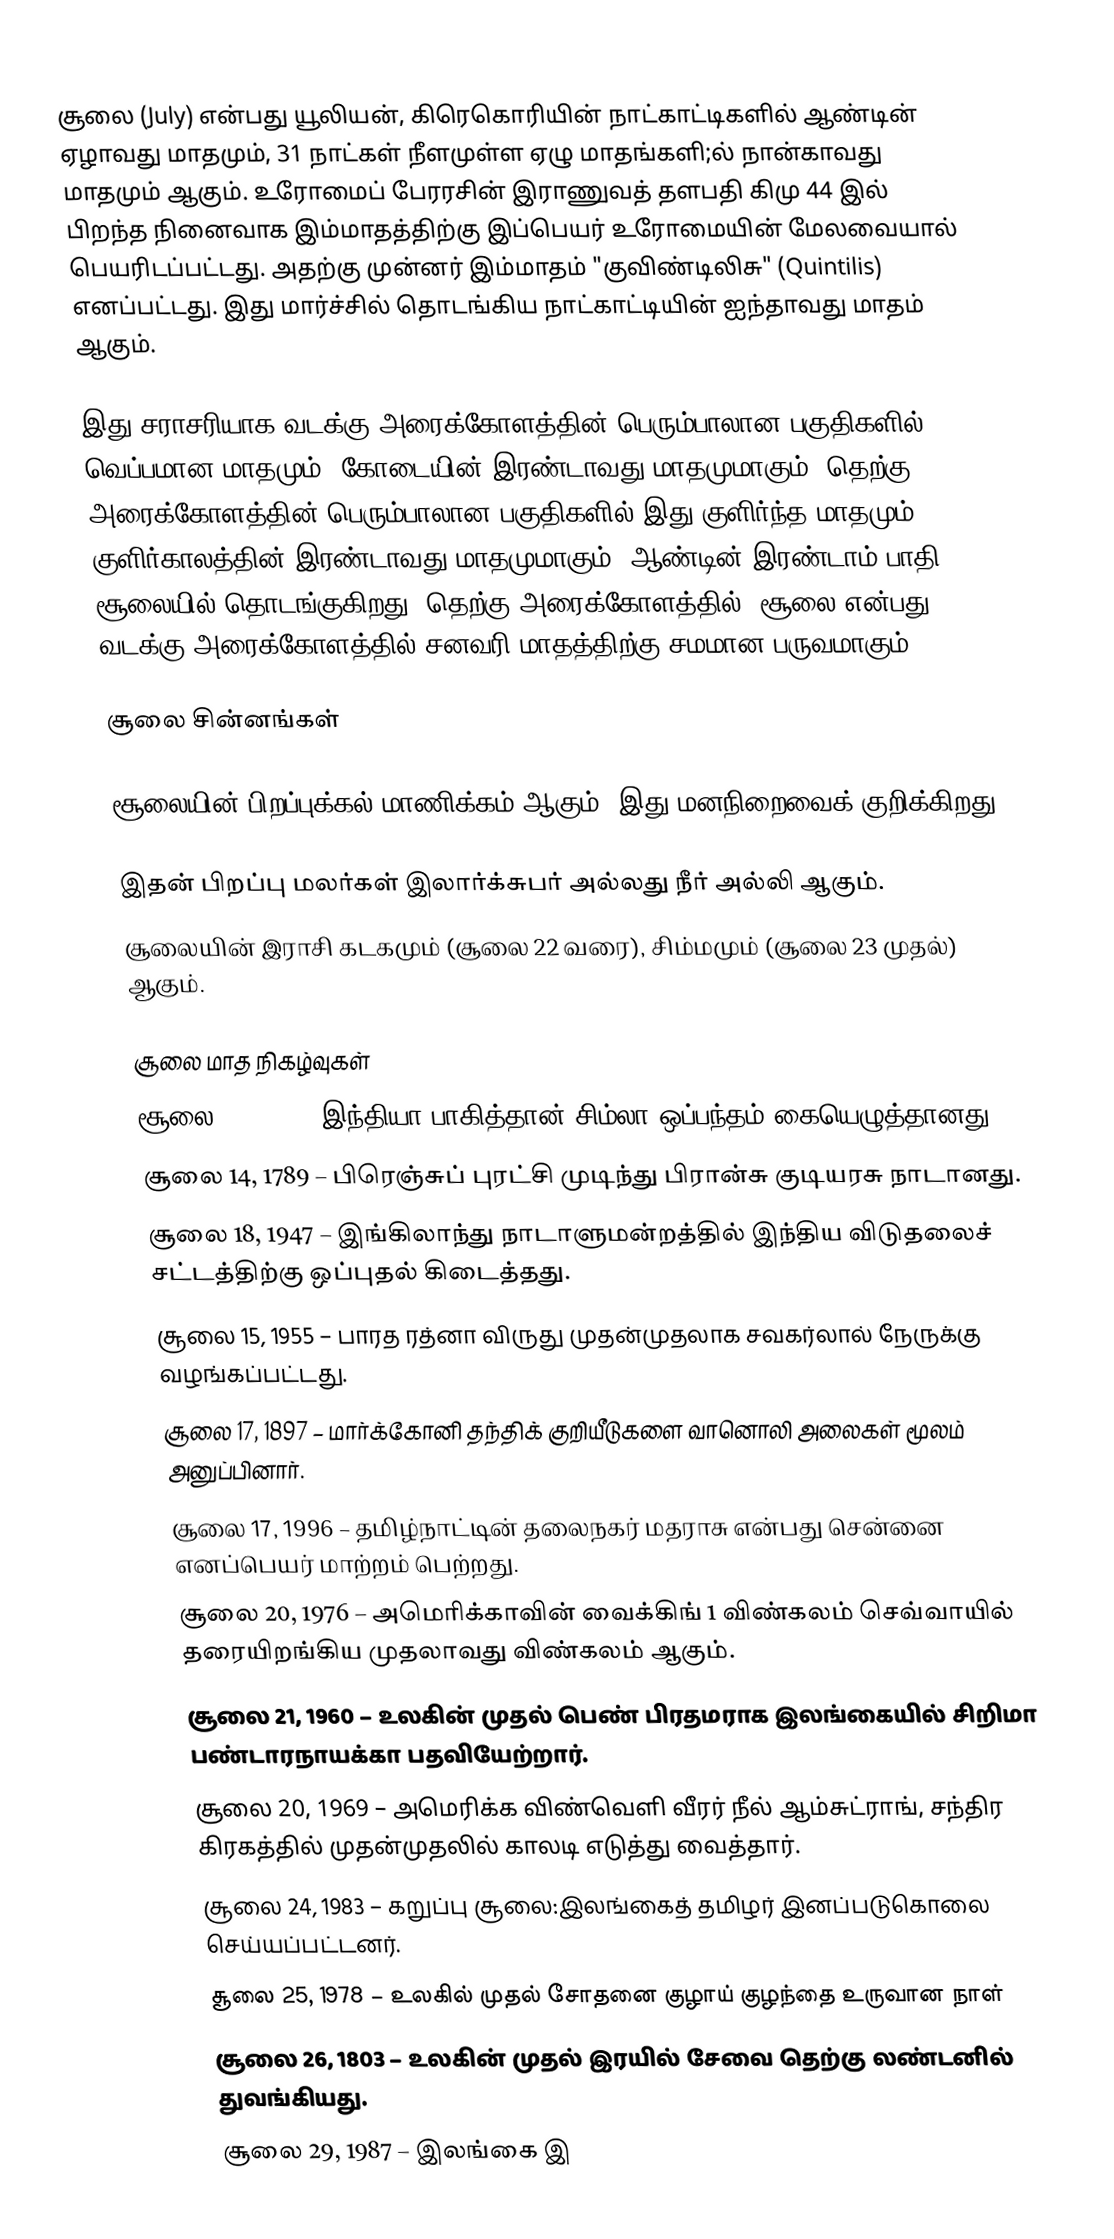
சூலை (July) என்பது யூலியன், கிரெகொரியின் நாட்காட்டிகளில் ஆண்டின் ஏழாவது மாதமும், 31 நாட்கள் நீளமுள்ள ஏழு மாதங்களி;ல் நான்காவது மாதமும் ஆகும். உரோமைப் பேரரசின் இராணுவத் தளபதி கிமு 44 இல் பிறந்த நினைவாக இம்மாதத்திற்கு இப்பெயர் உரோமையின் மேலவையால் பெயரிடப்பட்டது. அதற்கு முன்னர் இம்மாதம் "குவிண்டிலிசு" (Quintilis) எனப்பட்டது. இது மார்ச்சில் தொடங்கிய நாட்காட்டியின் ஐந்தாவது மாதம் ஆகும்.

இது சராசரியாக வடக்கு அரைக்கோளத்தின் பெரும்பாலான பகுதிகளில் வெப்பமான மாதமும், கோடையின் இரண்டாவது மாதமுமாகும். தெற்கு அரைக்கோளத்தின் பெரும்பாலான பகுதிகளில் இது குளிர்ந்த மாதமும், குளிர்காலத்தின் இரண்டாவது மாதமுமாகும். ஆண்டின் இரண்டாம் பாதி சூலையில் தொடங்குகிறது. தெற்கு அரைக்கோளத்தில், சூலை என்பது வடக்கு அரைக்கோளத்தில் சனவரி மாதத்திற்கு சமமான பருவமாகும்.

சூலை சின்னங்கள்

சூலையின் பிறப்புக்கல் மாணிக்கம் ஆகும், இது மனநிறைவைக் குறிக்கிறது.

இதன் பிறப்பு மலர்கள் இலார்க்சுபர் அல்லது நீர் அல்லி ஆகும்.
சூலையின் இராசி கடகமும் (சூலை 22 வரை), சிம்மமும் (சூலை 23 முதல்) ஆகும்.

சூலை மாத நிகழ்வுகள்
 சூலை 2, 1972 – இந்தியா-பாகித்தான் சிம்லா ஒப்பந்தம் கையெழுத்தானது.
 சூலை 14, 1789 – பிரெஞ்சுப் புரட்சி முடிந்து பிரான்சு குடியரசு நாடானது.
 சூலை 18, 1947 – இங்கிலாந்து நாடாளுமன்றத்தில் இந்திய விடுதலைச் சட்டத்திற்கு ஒப்புதல் கிடைத்தது.
 சூலை 15, 1955 – பாரத ரத்னா விருது முதன்முதலாக சவகர்லால் நேருக்கு வழங்கப்பட்டது.
 சூலை 17, 1897 – மார்க்கோனி தந்திக் குறியீடுகளை வானொலி அலைகள் மூலம் அனுப்பினார்.
 சூலை 17, 1996 – தமிழ்நாட்டின் தலைநகர் மதராசு என்பது சென்னை எனப்பெயர் மாற்றம் பெற்றது.
 சூலை 20, 1976 – அமெரிக்காவின் வைக்கிங் 1 விண்கலம் செவ்வாயில் தரையிறங்கிய முதலாவது விண்கலம் ஆகும்.
 சூலை 21, 1960 – உலகின் முதல்  பெண் பிரதமராக இலங்கையில் சிறிமா பண்டாரநாயக்கா பதவியேற்றார்.
 சூலை 20, 1969 – அமெரிக்க விண்வெளி வீரர் நீல் ஆம்சுட்ராங், சந்திர கிரகத்தில் முதன்முதலில் காலடி எடுத்து வைத்தார்.
 சூலை 24, 1983 – கறுப்பு சூலை:இலங்கைத் தமிழர் இனப்படுகொலை செய்யப்பட்டனர்.
 சூலை 25, 1978 – உலகில் முதல் சோதனை குழாய் குழந்தை உருவான நாள்
 சூலை 26, 1803 – உலகின் முதல் இரயில் சேவை தெற்கு லண்டனில் துவங்கியது.
 சூலை 29, 1987 – இலங்கை இ